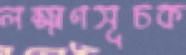
লক্ষ্মণসূচক